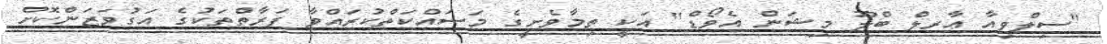
"ސިލްވިއާ އާރލް ބްލޫ މިޝަން އެވޯޑް" އަކީ ތިމާވެށީގެ މަސައްކަތްކުރައްވާ ފަރާތްތަކުގެ އަގުވަޒަންކޮށް